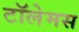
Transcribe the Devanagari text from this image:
टॉलेमस